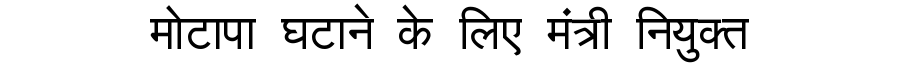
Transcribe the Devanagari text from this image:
मोटापा घटाने के लिए मंत्री नियुक्त